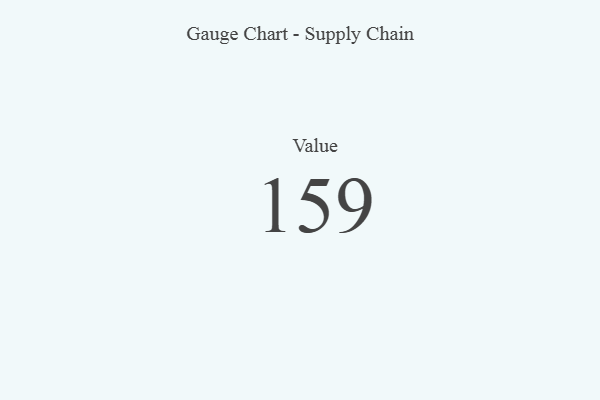
{"axis": {"x": "Metric", "y": "Value"}, "legend": [""], "data": [{"x": "Value", "y": 159, "type": ""}]}